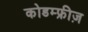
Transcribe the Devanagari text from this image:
कोडम्फ्रीज़